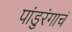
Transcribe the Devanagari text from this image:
पांडुरंगाचं